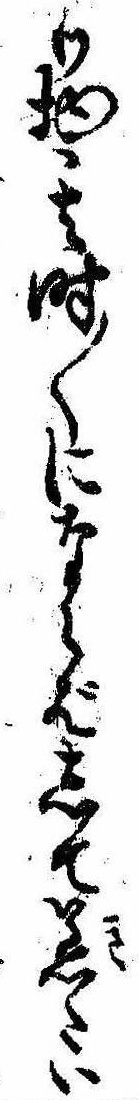
り物其時〱にならばして着たい